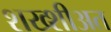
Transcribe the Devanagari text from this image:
शख्शीअत